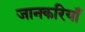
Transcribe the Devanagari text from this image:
जानकरियाँ